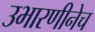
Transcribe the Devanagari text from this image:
उभारणीनेच